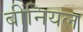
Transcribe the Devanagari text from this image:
बींनियल